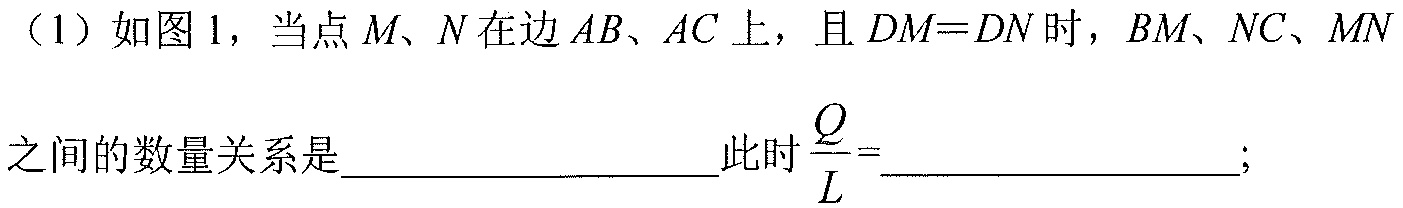
（1）如图1，当点$M、N$在边$AB、AC$上，且$DM = DN$时，$BM、NC、MN$
之间的数量关系是________________ 此时$\frac{Q}{L}=$________________;